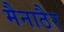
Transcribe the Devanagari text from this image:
मैनाठैर